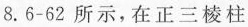
8.6-62所示，在正三棱柱